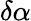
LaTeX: \delta\alpha